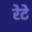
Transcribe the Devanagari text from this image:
रेटे